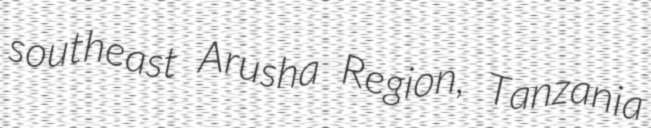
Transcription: southeast Arusha Region, Tanzania